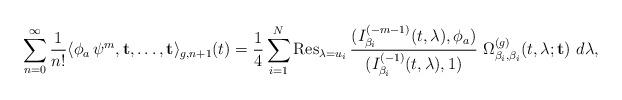
LaTeX: \begin{align*}\sum_{n=0}^\infty \frac{1}{n!}\langle \phi_a\,\psi^m,\mathbf{t},\dots,\mathbf{t}\rangle_{g,n+1}(t)= \frac{1}{4}\sum_{i=1}^N {\rm Res}_{\lambda=u_i} \,\frac{(I_{\beta_i}^{(-m-1)}(t,\lambda),\phi_a)}{(I^{(-1)}_{\beta_i}(t,\lambda),1)} \ \Omega^{(g)}_{\beta_i,\beta_i}(t,\lambda;\mathbf{t})\ d\lambda,\end{align*}